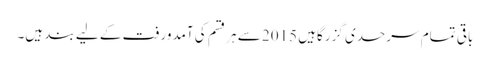
باقی تمام سرحدی گزرگاہیں 2015 سے ہر قسم کی آمدورفت کے لیے بند ہیں۔